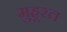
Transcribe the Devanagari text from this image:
मुहूरत